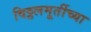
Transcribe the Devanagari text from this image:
विठ्ठलमूर्तीच्या